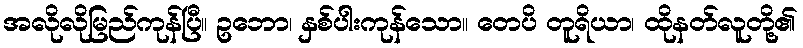
အလိုလိုမြည်ကုန်ပြီ။ ဥဘော၊ နှစ်ပါးကုန်သော။ တေပိ တူရိယာ၊ ထိုနတ်လူတို့၏